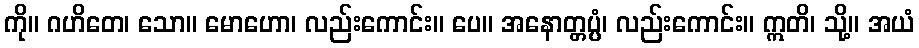
ကို။ ဂဟိတေ၊ သော။ မောဟော၊ လည်းကောင်း။ ပေ။ အနောတ္တပ္ပံ၊ လည်းကောင်း။ ဣတိ၊ သို့။ အယံ